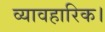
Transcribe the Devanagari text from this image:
व्यावहारिक।